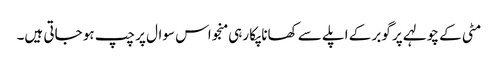
مٹی کے چولہے پر گوبر کے اپلے سے کھانا پکا رہی منجو اس سوال پر چپ ہو جاتی ہیں۔